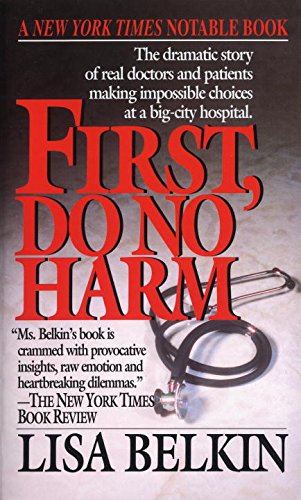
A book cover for First, Do No Harm: The Dramatic Story of Real Doctors and Patients Making Impossible Choices at a Big-City Hospital; Lisa Belkin; Medical Books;